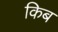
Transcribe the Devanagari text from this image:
किब